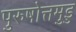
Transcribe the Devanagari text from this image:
पुरुषोत्तमुडु